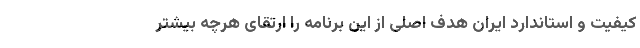
کیفیت و استاندارد ایران هدف اصلی از این برنامه را‌ ارتقای هرچه بیشتر